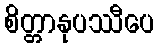
စိတ္တာနုပဿီပေ